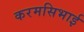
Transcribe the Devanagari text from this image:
करमसिभाई